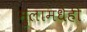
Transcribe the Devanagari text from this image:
मुलांमधेही